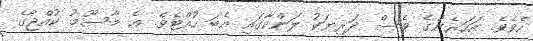
ހެވެވެ. އަހަރެންގެ ވެސް ދަރިޔަކު ލަންކާގައި އެބަ ހުއްޓެވެ. އެ މާސޫމު ކުއްޖާގެ